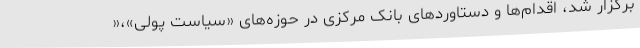
برگزار شد، اقدام‌ها و دستاوردهای بانک مرکزی در حوزه‌های «سیاست پولی»،«